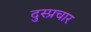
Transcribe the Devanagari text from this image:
दुस्प्रचार